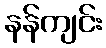
နန်ကျင်း